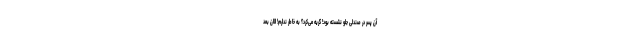
آن پسر در صندلی جلو نشسته بود! گریه می‌کرد؟ به خاطر ندارم! الان بعد